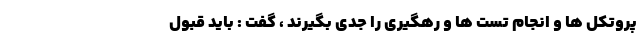
پروتکل ها و انجام تست ها و رهگیری را جدی بگیرند ، گفت : باید قبول